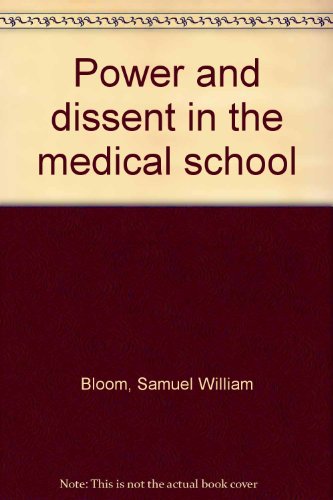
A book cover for Power and dissent in the medical school; Samuel William Bloom; Education & Teaching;